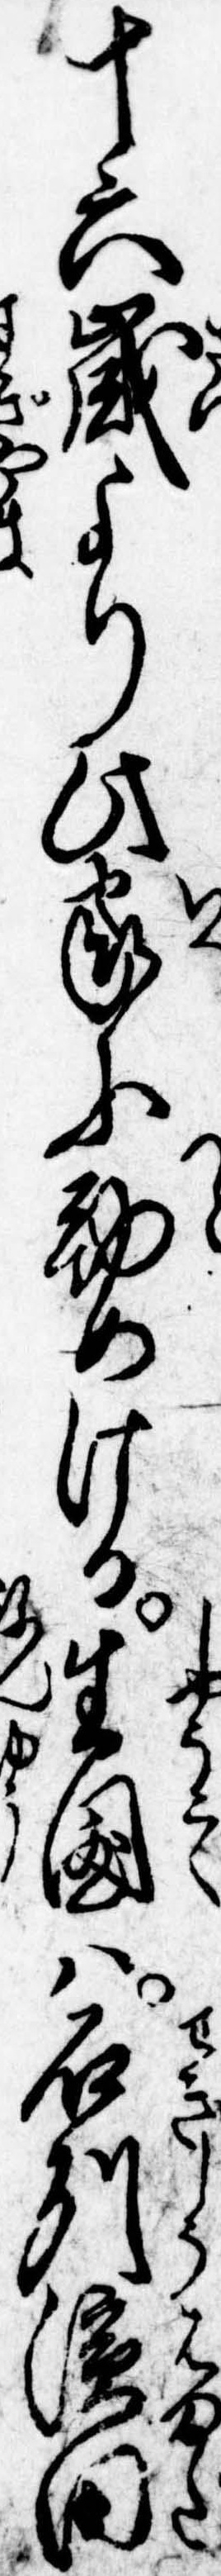
十六歳より此家に勤めける生国は石州浜田